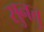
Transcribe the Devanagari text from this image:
सुनत्तु